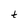
Character: t